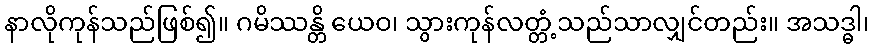
နာလိုကုန်သည်ဖြစ်၍။ ဂမိဿန္တိ ယေဝ၊ သွားကုန်လတ္တံ့သည်သာလျှင်တည်း။ အသဒ္ဓါ၊